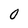
Character: 0